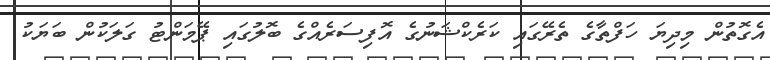
އެގޮތުން މިިދިޔަ ހަފްތާގެ ތެރޭގައި ކަރެކްޝަނުގެ އޮފިސަރެއްގެ ބޮލުގައި ޕޭމަންޓު ގަލަކުން ބަޔަކު